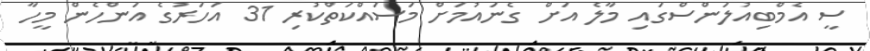
ސީ އެމްބިއުލަންސްގައި މާލެ އަށް ގެނައުމަށް މަސައްކަތްކުރި 31 އަހަރުގެ އަންހެން މީހާ